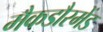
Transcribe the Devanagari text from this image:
मैकडौरमेंड